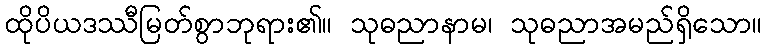
ထိုပိယဒဿီမြတ်စွာဘုရား၏။ သုဓညာနာမ၊ သုဓညာအမည်ရှိသော။